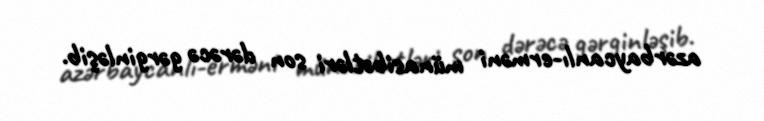
azərbaycanlı-erməni münasibətləri son dərəcə gərginləşib.